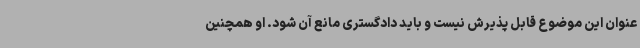
عنوان این موضوع قابل پذیرش نیست و باید دادگستری مانع آن شود. او همچنین